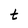
Character: t